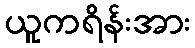
ယူကရိန်းအား